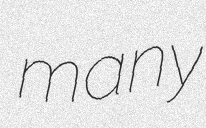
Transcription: many